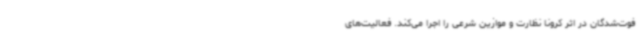
فوت‌شدگان در اثر کرونا نظارت و موازین شرعی را اجرا می‌کند. فعالیت‌های